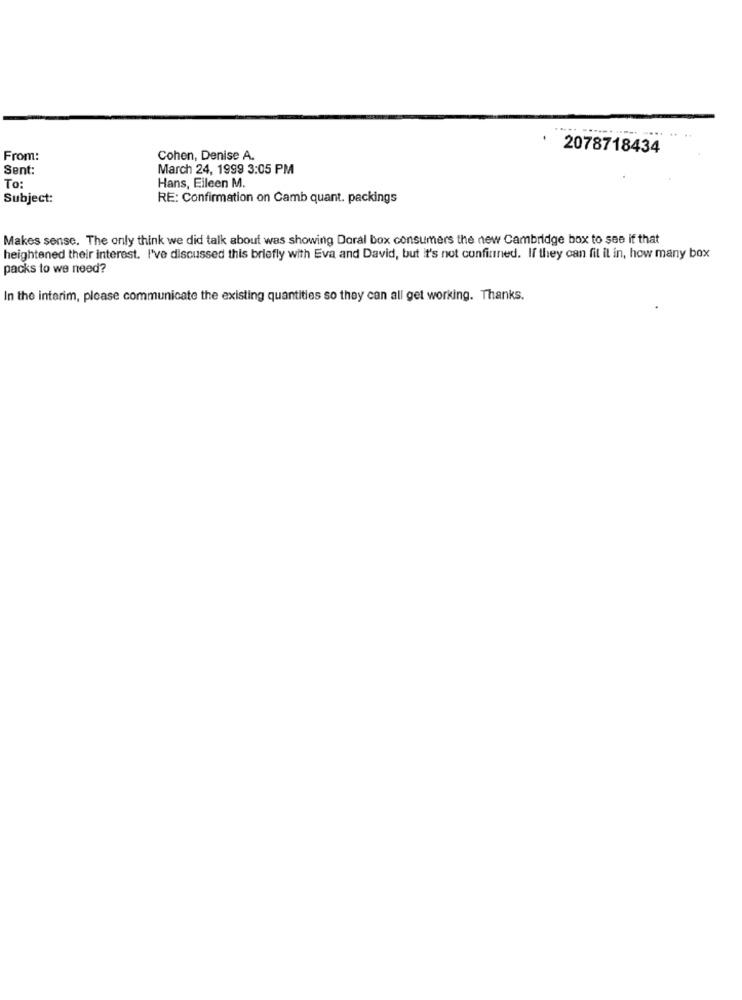
2078718434
From:
Cohen, Denise A.
Sent:
March 24, 1999 3:05 PM
Hans, Eileen M.
To:
Subject:
RE: Confirmation on Camb quant. packings
Makes sense. The only think we did talk about was showing Doral box consumers the new Cambridge box to see if that
heightened their interest. I've discussed this briefly with Eva and David, but it's not confined. If they can fil il in, how many box
packs to we need?
In the interim, please communicate the existing quantities so they can all get working. Thanks.